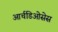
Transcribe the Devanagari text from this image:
आर्चडिओसेस